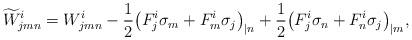
LaTeX: \begin{align*} \widetilde W^i_{jmn}=W^i_{jmn}-\frac12\big(F^i_j\sigma_m+F^i_m\sigma_j\big)_{|n}+ \frac12\big(F^i_j\sigma_n+F^i_n\sigma_j\big)_{|m}, \end{align*}